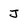
Character: j